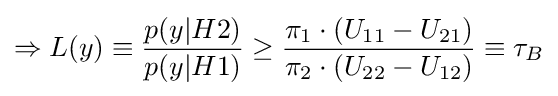
\Rightarrow L(y)\equiv {\frac {p(y|H2)}{p(y|H1)}}\geq {\frac {\pi _{1}\cdot (U_{11}-U_{21})}{\pi _{2}\cdot (U_{22}-U_{12})}}\equiv \tau _{B}